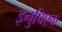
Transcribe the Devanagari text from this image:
इनुपिएक